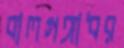
বালগঙ্গাধর